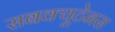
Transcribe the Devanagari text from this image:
सबक्यूटेनस